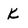
Character: k